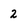
Character: 2